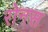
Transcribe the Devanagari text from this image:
रोनस